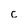
Character: c